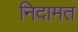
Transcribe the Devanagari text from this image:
निदामत